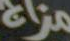
مزاج